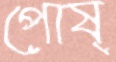
পোষ্‌